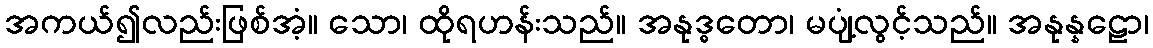
အကယ်၍လည်းဖြစ်အံ့။ သော၊ ထိုရဟန်းသည်။ အနုဒ္ဓတော၊ မပျံ့လွင့်သည်။ အနုန္နဠော၊